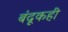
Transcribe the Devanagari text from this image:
बंदूकही